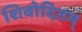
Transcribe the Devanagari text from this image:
शिवोदितम्